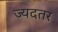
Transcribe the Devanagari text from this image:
ज्यदतर